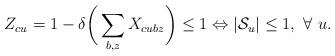
LaTeX: \begin{align*}Z_{cu} = 1 - \delta \bigg(\sum_{b,z}X_{cubz}\bigg) \leq 1 \Leftrightarrow |\mathcal{S}_u| \leq 1 , \ \forall \ u.\end{align*}